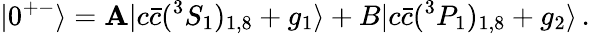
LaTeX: |0^{+-}\rangle=\mathbf{A}|c\bar{{c}}(^{3}S_{1})_{1,8}+g_{1}\rangle+B|c\bar{{c}}(^{3}P_{1})_{1,8}+g_{2}\rangle\, .